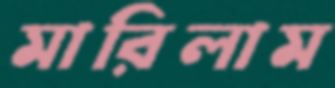
মারিলাম